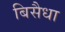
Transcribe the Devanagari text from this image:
बिसैधा